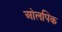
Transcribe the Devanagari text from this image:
ओलपिक